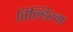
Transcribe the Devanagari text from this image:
विल्हिल्म